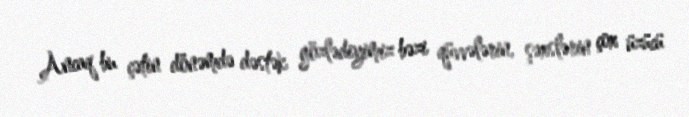
Ancaq bu çətin dönəmdə dəstək gözlədiyimiz bəzi qüvvələrin, şəxslərin çox üzücü